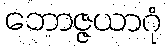
ဘောဇ္ဇယာဂုံ